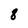
Character: 8